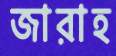
জারাহ